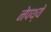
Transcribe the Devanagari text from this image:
नेपथ्ये